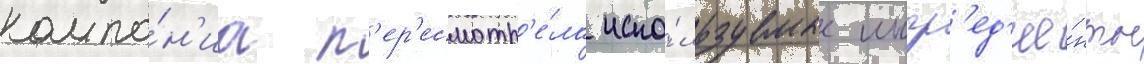
компа́н'иа п'ер'есмотр'е́ла испо́льзуемые ингр'ед'ие́нты